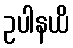
ဥပါနယိ